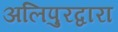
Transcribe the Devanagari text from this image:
अलिपुरद्वारा